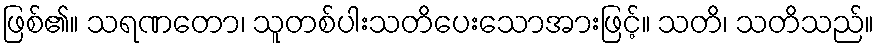
ဖြစ်၏။ သရဏတော၊ သူတစ်ပါးသတိပေးသောအားဖြင့်။ သတိ၊ သတိသည်။